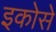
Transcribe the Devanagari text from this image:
इकोसे